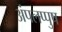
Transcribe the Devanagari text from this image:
अंपलप्पुष